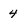
Character: 4